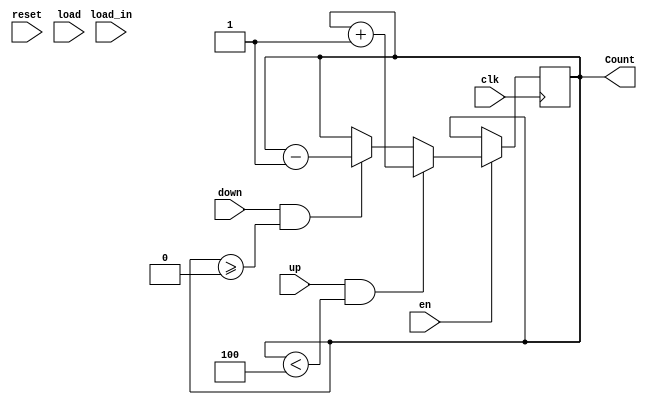
module upDownCounter #(parameter n = 2, mod = 4) (input clk, reset, en, load, up, down, input [n-1:0] load_in, output [n-1: 0] Count);
//    input reset,up, down, clk, en;
//    output [n-1 : 0] Count;
 reg [n-1 : 0] Count = 0; 

 always @(posedge clk)
 begin
    if(reset == 1) Count <= 0;
    if(load) Count <= load_in;
    if(en) begin
    if(up == 1 && Count < mod) Count <= Count + 1; //up
    else if(down == 1 && Count >= 0) Count <= Count - 1; //down
    else Count <= Count;
    end
    else Count <= Count;
 end    
 
endmodule